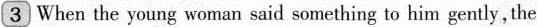
3 When the young woman said something to him gently ,the